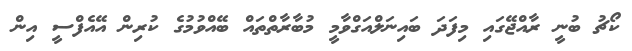
ކޯޗު ބުނީ ރާއްޖޭގައި މިފަދަ ބައިނަލްއަގްވާމީ މުބާރާތްތައް ބޭއްވުމުގެ ކުރިން އޭއެފްސީ އިން